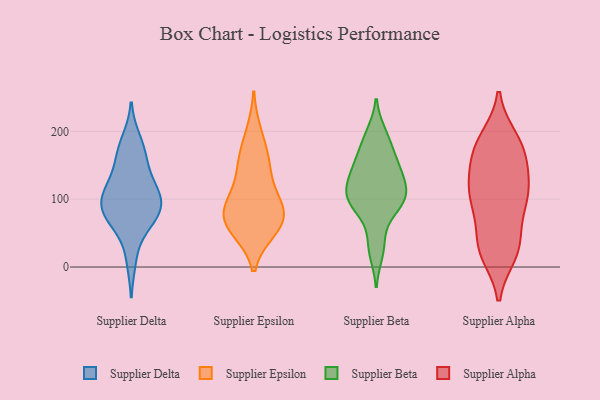
{"axis": {"x": "Demand Index", "y": "Value"}, "legend": ["Supplier Alpha", "Supplier Beta", "Supplier Delta", "Supplier Epsilon"], "data": [{"x": "", "y": 186, "type": "Supplier Delta"}, {"x": "", "y": 107, "type": "Supplier Delta"}, {"x": "", "y": 76, "type": "Supplier Delta"}, {"x": "", "y": 164, "type": "Supplier Delta"}, {"x": "", "y": 95, "type": "Supplier Delta"}, {"x": "", "y": 12, "type": "Supplier Delta"}, {"x": "", "y": 70, "type": "Supplier Delta"}, {"x": "", "y": 168, "type": "Supplier Delta"}, {"x": "", "y": 71, "type": "Supplier Delta"}, {"x": "", "y": 98, "type": "Supplier Delta"}, {"x": "", "y": 136, "type": "Supplier Delta"}, {"x": "", "y": 116, "type": "Supplier Delta"}, {"x": "", "y": 75, "type": "Supplier Delta"}, {"x": "", "y": 108, "type": "Supplier Delta"}, {"x": "", "y": 78, "type": "Supplier Epsilon"}, {"x": "", "y": 56, "type": "Supplier Epsilon"}, {"x": "", "y": 198, "type": "Supplier Epsilon"}, {"x": "", "y": 161, "type": "Supplier Epsilon"}, {"x": "", "y": 61, "type": "Supplier Epsilon"}, {"x": "", "y": 99, "type": "Supplier Epsilon"}, {"x": "", "y": 100, "type": "Supplier Epsilon"}, {"x": "", "y": 55, "type": "Supplier Epsilon"}, {"x": "", "y": 83, "type": "Supplier Epsilon"}, {"x": "", "y": 75, "type": "Supplier Epsilon"}, {"x": "", "y": 137, "type": "Supplier Epsilon"}, {"x": "", "y": 156, "type": "Supplier Epsilon"}, {"x": "", "y": 104, "type": "Supplier Beta"}, {"x": "", "y": 86, "type": "Supplier Beta"}, {"x": "", "y": 86, "type": "Supplier Beta"}, {"x": "", "y": 150, "type": "Supplier Beta"}, {"x": "", "y": 122, "type": "Supplier Beta"}, {"x": "", "y": 108, "type": "Supplier Beta"}, {"x": "", "y": 145, "type": "Supplier Beta"}, {"x": "", "y": 146, "type": "Supplier Beta"}, {"x": "", "y": 124, "type": "Supplier Beta"}, {"x": "", "y": 21, "type": "Supplier Beta"}, {"x": "", "y": 104, "type": "Supplier Beta"}, {"x": "", "y": 197, "type": "Supplier Beta"}, {"x": "", "y": 98, "type": "Supplier Beta"}, {"x": "", "y": 188, "type": "Supplier Beta"}, {"x": "", "y": 169, "type": "Supplier Beta"}, {"x": "", "y": 38, "type": "Supplier Beta"}, {"x": "", "y": 30, "type": "Supplier Alpha"}, {"x": "", "y": 95, "type": "Supplier Alpha"}, {"x": "", "y": 103, "type": "Supplier Alpha"}, {"x": "", "y": 170, "type": "Supplier Alpha"}, {"x": "", "y": 185, "type": "Supplier Alpha"}, {"x": "", "y": 73, "type": "Supplier Alpha"}, {"x": "", "y": 169, "type": "Supplier Alpha"}, {"x": "", "y": 118, "type": "Supplier Alpha"}, {"x": "", "y": 143, "type": "Supplier Alpha"}, {"x": "", "y": 30, "type": "Supplier Alpha"}, {"x": "", "y": 25, "type": "Supplier Alpha"}, {"x": "", "y": 20, "type": "Supplier Alpha"}, {"x": "", "y": 105, "type": "Supplier Alpha"}, {"x": "", "y": 189, "type": "Supplier Alpha"}, {"x": "", "y": 102, "type": "Supplier Alpha"}, {"x": "", "y": 181, "type": "Supplier Alpha"}, {"x": "", "y": 32, "type": "Supplier Alpha"}, {"x": "", "y": 117, "type": "Supplier Alpha"}, {"x": "", "y": 148, "type": "Supplier Alpha"}]}